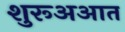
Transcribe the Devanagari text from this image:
शुरूअआत